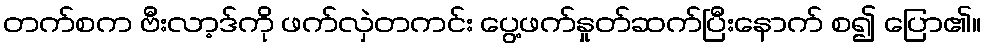
တက်စက ဗီးလာ့ဒ်ကို ဖက်လှဲတကင်း ပွေ့ဖက်နှုတ်ဆက်ပြီးနောက် စ၍ ပြော၏။